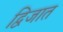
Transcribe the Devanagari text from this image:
द्विजात